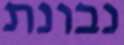
נבונת